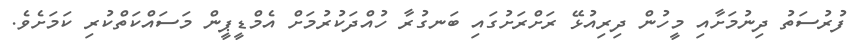
ފުރުސަތު ދިނުމަށާއި މީހުން ދިރިއުޅޭ ރަށްރަށުގައި ބަނގުރާ ހުއްދަކުރުމަށް އެމްޑީޕީން މަސައްކަތްކުރި ކަމަށެވެ.